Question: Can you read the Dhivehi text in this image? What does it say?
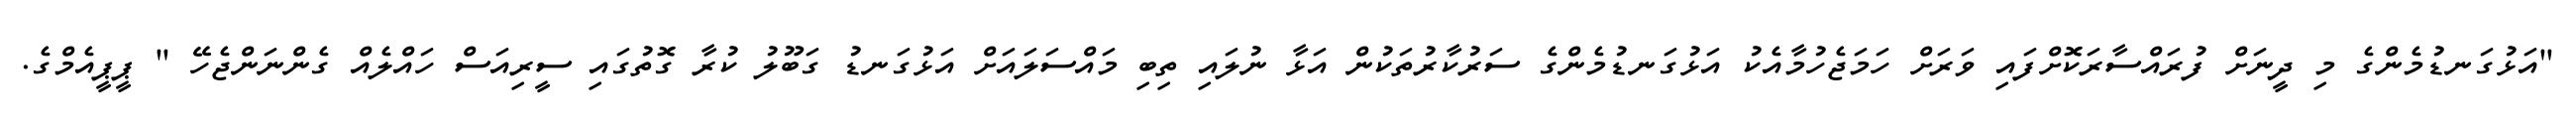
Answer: "އަޅުގަނޑުމެންގެ މި ދީނަށް ފުރައްސާރަކޮށްފައި ވަރަށް ހަމަޖެހުމާއެކު އަޅުގަނޑުމެންގެ ސަރުކާރުތަކުން އަޅާ ނުލައި ތިބި މައްސަލައަށް އަޅުގަނޑު ގަބޫލު ކުރާ ގޮތުގައި ސީރިއަސް ހައްލެއް ގެންނަންޖެހޭ " ޕީޕީއެމްގެ.